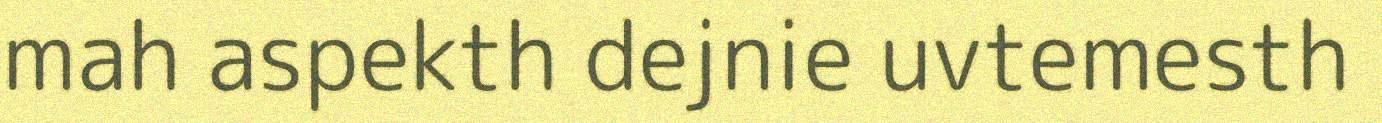
mah aspekth dejnie uvtemesth